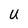
Character: U